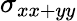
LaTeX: \sigma_{xx+yy}